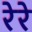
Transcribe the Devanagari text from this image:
रेरे